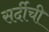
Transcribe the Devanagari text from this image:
सर्दीची